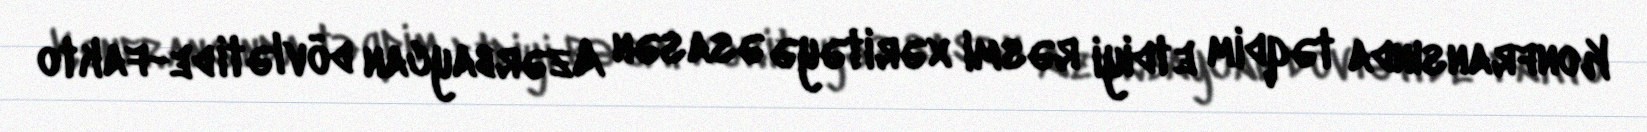
Konfransında təqdim etdiyi rəsmi xəritəyə əsasən Azərbaycan dövləti de-fakto